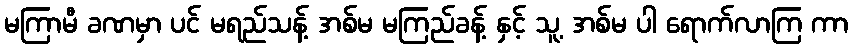
မကြာမီ ခဏမှာ ပင် မရည်သန့် အစ်မ မကြည်ခန့် နှင့် သူ့ အစ်မ ပါ ရောက်လာကြ ကာ